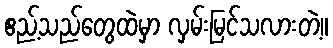
ဧည့်သည်တွေထဲမှာ လှမ်းမြင်သလားတဲ့။